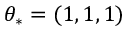
\theta _ { * } = ( 1 , 1 , 1 )